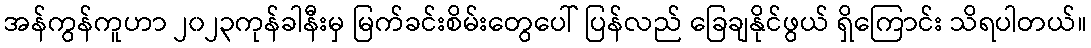
အန်ကွန်ကူဟာ ၂၀၂၃ကုန်ခါနီးမှ မြက်ခင်းစိမ်းတွေပေါ် ပြန်လည် ခြေချနိုင်ဖွယ် ရှိကြောင်း သိရပါတယ်။